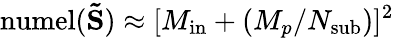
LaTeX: \mathrm{numel}(\mathbf{\tilde{S}})\approx[M_{\mathrm{in}}+(M_{p}/N_{\mathrm{sub}})]^{2}